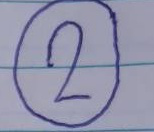
2